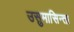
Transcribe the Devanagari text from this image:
उसुमासिन्ता